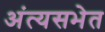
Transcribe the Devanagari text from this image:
अंत्यसभेत